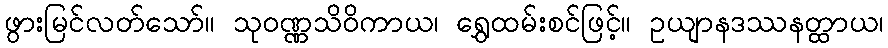
ဖွားမြင်လတ်သော်။ သုဝဏ္ဏသိဝိကာယ၊ ရွှေထမ်းစင်ဖြင့်။ ဥယျာနဒဿနတ္ထာယ၊